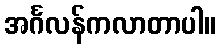
အင်္ဂလန်ကလာတာပါ။